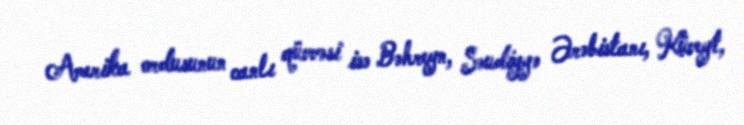
Amerika ordusunun canlı qüvvəsi isə Bəhreyn, Səudiyyə Ərəbistanı, Küveyt,